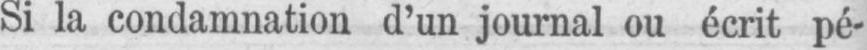
Si la condamnation d’un journal ou écrit pé-